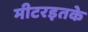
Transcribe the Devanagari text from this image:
मीटरइतके